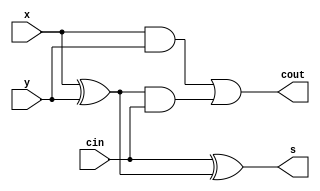
module full_adder(x,y,cin,cout,s);
    input wire x,y,cin;
    output wire cout,s;
    wire c_temp,s_temp,and_temp;
    
    xor s1 (s_temp,x,y);
    xor s2 (s,cin,s_temp);

    and c1 (c_temp,s_temp,cin);
    and c2 (and_temp,x,y);
    or c3(cout,and_temp,c_temp);

endmodule